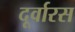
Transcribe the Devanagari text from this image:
दूर्वारस